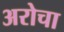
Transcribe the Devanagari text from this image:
अरोचा